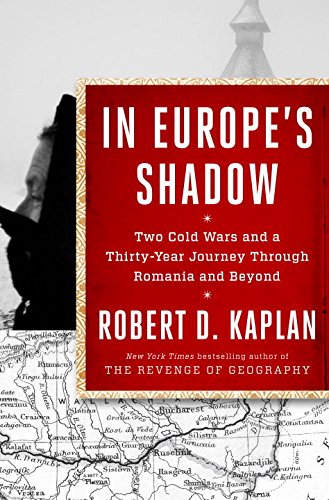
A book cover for In Europe's Shadow: Two Cold Wars and a Thirty-Year Journey Through Romania and Beyond; Robert D. Kaplan; History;